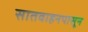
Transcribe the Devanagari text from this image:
सातवाहनपासून